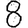
Digit: 8